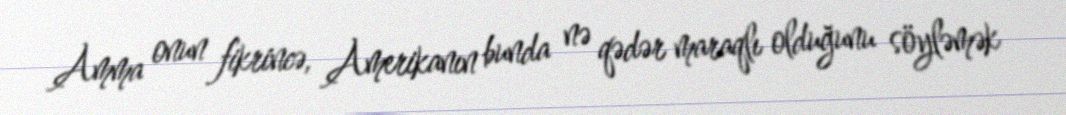
Amma onun fikrincə, Amerikanın bunda nə qədər maraqlı olduğunu söyləmək